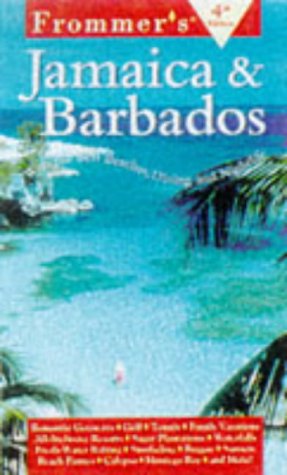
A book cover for Frommer's Jamaica & Barbados (4th ed); Darwin Porter; Travel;